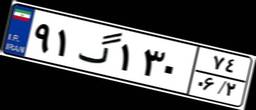
۹۱گ۱۳۰۷۴